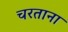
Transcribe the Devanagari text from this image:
चरताना